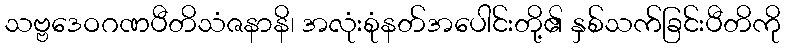
သဗ္ဗဒေဝဂဏပီတိသံဇနာနိ၊ အလုံးစုံနတ်အပေါင်းတို့၏ နှစ်သက်ခြင်းပီတိကို